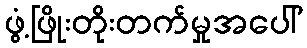
ဖွံ့ဖြိုးတိုးတက်မှုအပေါ်